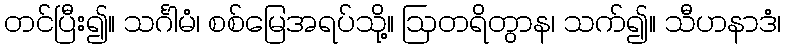
တင်ပြီး၍။ သင်္ဂါမံ၊ စစ်မြေအရပ်သို့။ ဩတရိတွာန၊ သက်၍။ သီဟနာဒံ၊